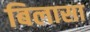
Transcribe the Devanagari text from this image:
बिलासा